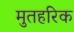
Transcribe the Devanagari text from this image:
मुतहरिक